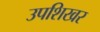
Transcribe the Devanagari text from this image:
उपशिखर